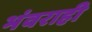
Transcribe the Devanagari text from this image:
भंवराही